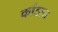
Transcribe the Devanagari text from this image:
कांडात